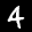
Label: 4